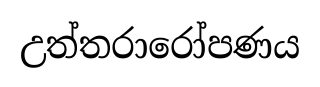
උත්තරාරෝපණය